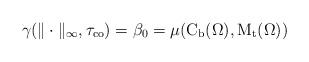
LaTeX: \begin{align*} \gamma(\|\cdot\|_{\infty},\tau_{\operatorname{co}})=\beta_{0}=\mu(\mathrm{C}_{\operatorname{b}}(\Omega),\mathrm{M}_{\operatorname{t}}(\Omega))\end{align*}